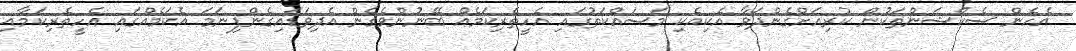
އެހެން ސެކްޝަންތަކުން ކުރިއަށްގެންދަވާ އެކިއެކި މަސައްކަތުގައި އެހީތެރިކަމެއް ބޭނުންވެގެން އެދިވަޑައިގެންފިނަމަ އެކަމެއްގައި އެހީތެރިކަމާއި